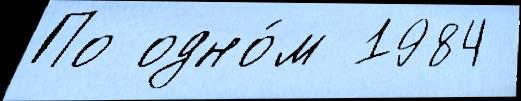
По одно́м 1984